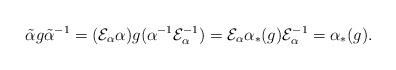
LaTeX: \begin{align*}\tilde\alpha g\tilde\alpha^{-1} &=(\mathcal{E}_\alpha\alpha) g (\alpha^{-1}\mathcal{E}_\alpha^{-1})=\mathcal{E}_\alpha\alpha_*(g)\mathcal{E}_\alpha^{-1}=\alpha_*(g).\end{align*}